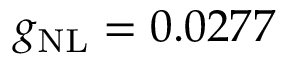
g _ { \mathrm { N L } } = 0 . 0 2 7 7